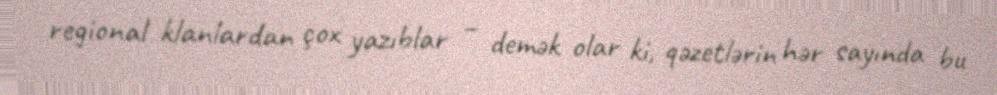
regional klanlardan çox yazıblar – demək olar ki, qəzetlərin hər sayında bu